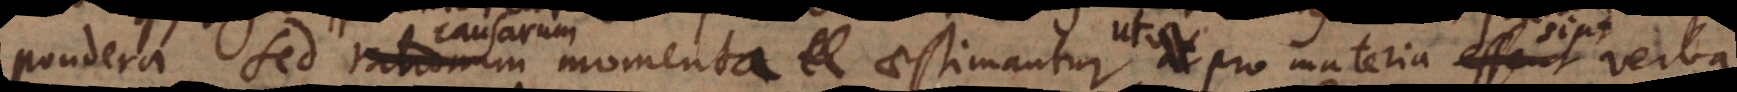
pondera, sed rationum momenta aestimantur, pro materia essent